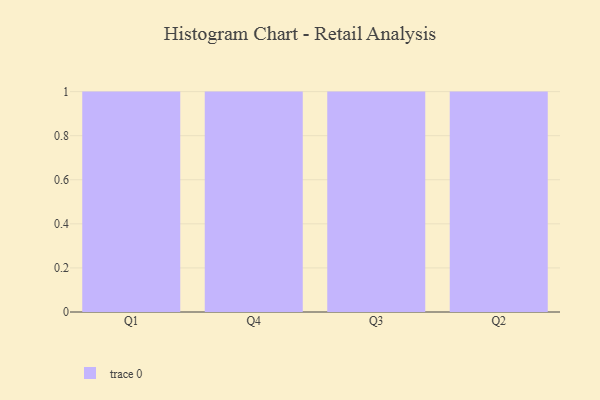
{"axis": {"x": "Quarter", "y": "Satisfaction Score"}, "legend": [""], "data": [{"x": "Q1", "y": 69, "type": ""}, {"x": "Q4", "y": 51, "type": ""}, {"x": "Q3", "y": 99, "type": ""}, {"x": "Q2", "y": 21, "type": ""}]}